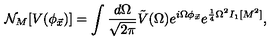
{ \cal N } _ { M } [ V ( \phi _ { \vec { x } } ) ] = \int { \frac { d \Omega } { \sqrt { 2 \pi } } } \tilde { V } ( \Omega ) e ^ { i \Omega \phi _ { \vec { x } } } e ^ { { \frac { 1 } { 4 } } \Omega ^ { 2 } I _ { 1 } [ M ^ { 2 } ] } ,